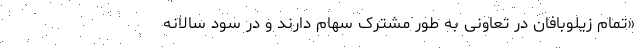
«تمام زیلوبافان در تعاونی به طور مشترک سهام دارند و در سود سالانه